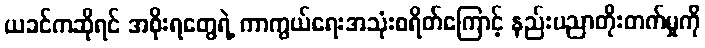
ယခင်ကဆိုရင် အစိုးရတွေရဲ့ ကာကွယ်ရေးအသုံးစရိတ်ကြောင့် နည်းပညာတိုးတက်မှုကို